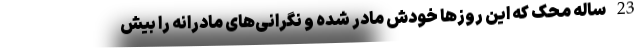
23 ساله محک که این روزها خودش مادر شده و نگرانی‌های مادرانه را بیش